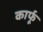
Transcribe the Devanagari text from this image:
कार्फू